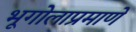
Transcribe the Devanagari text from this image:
भूगोलाप्रमाणे